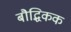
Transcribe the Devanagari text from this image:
बौद्धिकक